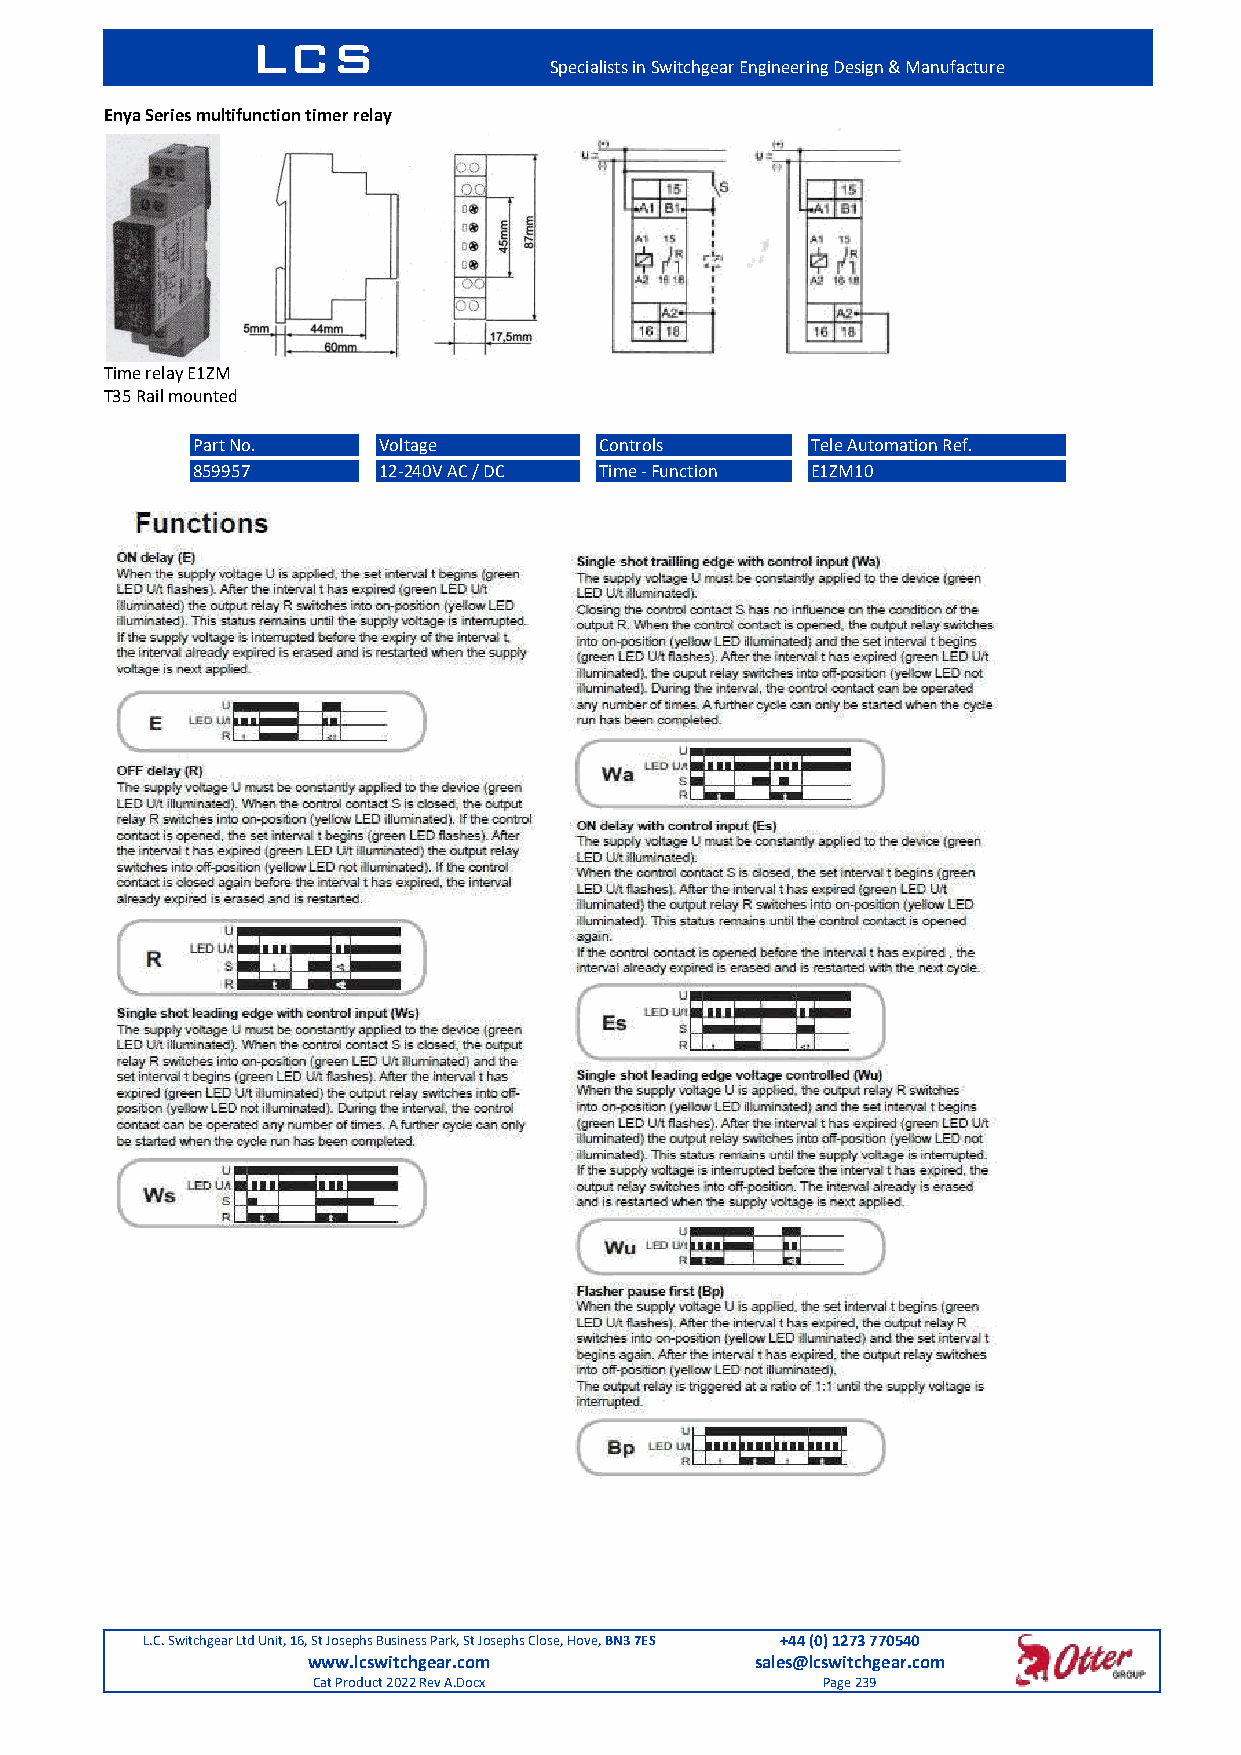
LCS
 Specialists in Switchgear Engineering Design & Manufacture
 Enya Series multifunction timer relay
 Time relay E1ZM
 T35 Rail mounted
 Part No.    Voltage        Controls      Tele Automation Ref.
 859957      12-240V AC / DC Time - Function E1ZM10
 L.C. Switchgear Ltd Unit, 16, St Josephs Business Park, St Josephs Close, Hove, BN3 7ES +44 (0) 1273 770540
 www.lcswitchgear.com          sales@lcswitchgear.com
 Cat Product 2022 Rev A.Docx      Page 239